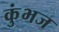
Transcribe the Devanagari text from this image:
कुंभज